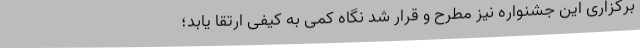
برگزاری این جشنواره نیز مطرح و قرار شد نگاه کمی به کیفی ارتقا یابد؛